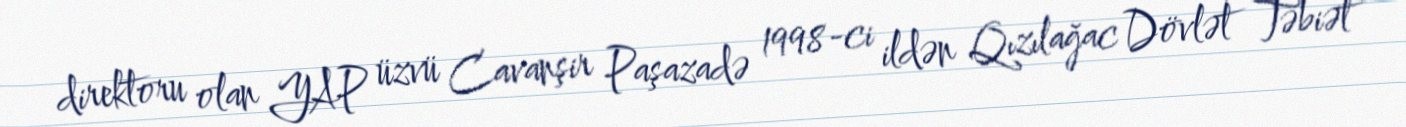
direktoru olan YAP üzvü Cavanşir Paşazadə 1998-ci ildən Qızılağac Dövlət Təbiət